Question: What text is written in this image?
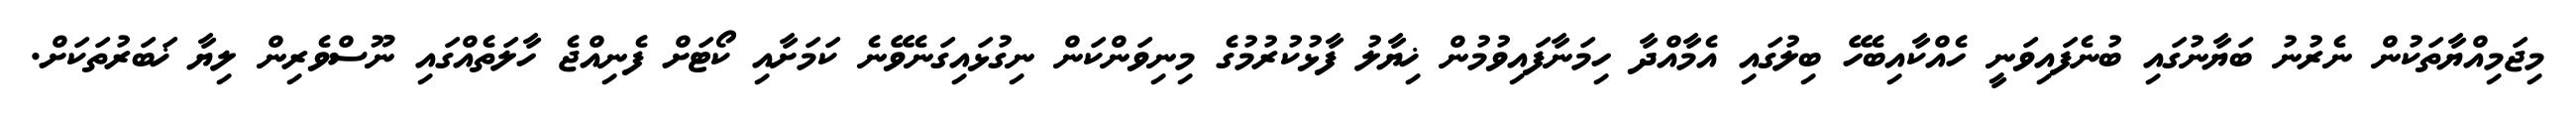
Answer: މިޖަމިއްޔާތަކުން ނެރުނު ބަޔާނުގައި ބުނެފައިވަނީ ހެއްކާއިބެހޭ ބިލުގައި އެމާއްދާ ހިމަނާފައިވުމުން ޚިޔާލު ފާޅުކުރުމުގެ މިނިވަންކަން ނިގުޅައިގަނެވޭނެ ކަމަށާއި ކޯޓަށް ފެނިއްޖެ ހާލަތެއްގައި ނޫސްވެރިން ލިޔާ ޚަބަރުތަކަށް.